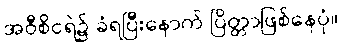
အဝီစိငရဲ၌ ခံရပြီးနောက် ပြိတ္တာဖြစ်နေပုံ။